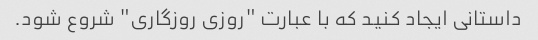
داستانی ایجاد کنید که با عبارت "روزی روزگاری" شروع شود.